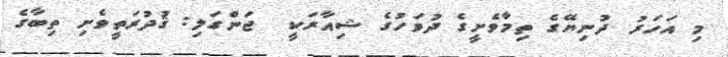
މި އަހަރު ދުނިޔޭގެ ތިމާވެށީގެ ދުވަހުގެ ޝިއާރަކީ  ޖަންގަލި: ޤުދުރަތީވެށި ތިބާގެ